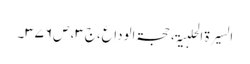
السیرۃ الحلبیۃ، حجۃالوداع،ج۳، ص۳۷۶۔